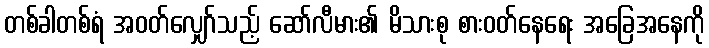
တစ်ခါတစ်ရံ အဝတ်လျှော်သည့် ဆော်လီမား၏ မိသားစု စားဝတ်နေရေး အခြေအနေကို